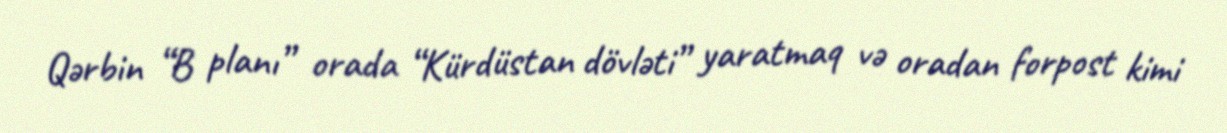
Qərbin “B planı” orada “Kürdüstan dövləti” yaratmaq və oradan forpost kimi